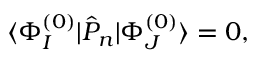
\begin{array} { r } { \langle \Phi _ { I } ^ { ( 0 ) } | \hat { P } _ { n } | \Phi _ { J } ^ { ( 0 ) } \rangle = 0 , } \end{array}